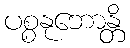
ပစ္စနုဘောန္တိ